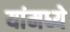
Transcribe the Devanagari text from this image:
यांमध्‍ये